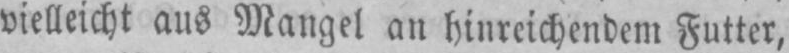
vielleicht aus Mangel an hinreichendem Futter,